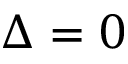
\Delta = 0